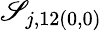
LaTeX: \mathscr{S}_{j,12(0,0)}